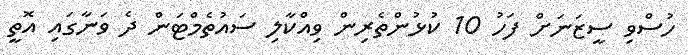
ހުސްވި ސީޒަނަށް ފަހު 10 ކުޅުންތެރިން ވިއްކާލި ސައުތެމްޓަން ދެ ވަނާގައި އޮތީ